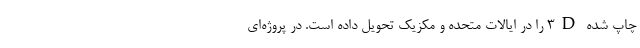
چاپ شده 3D را در ایالات متحده و مکزیک تحویل داده است. در پروژه‌ای